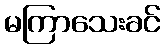
မကြာသေးခင်